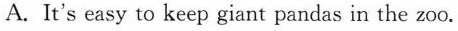
A.It's easy to keep giant pandas in the zoo.